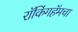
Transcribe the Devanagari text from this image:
रॉकिंगहॅमचा